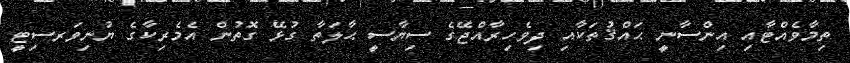
ތިމާވެއްޓާއި އިންސާނީ ޙައްޤުތަކާއި ދިވެހިރާއްޖޭގެ ސިޔާސީ ޙާލަތާ ގުޅޭ ގޮތުން އެމެރިކާގެ ޔުނިވަރސިޓީ